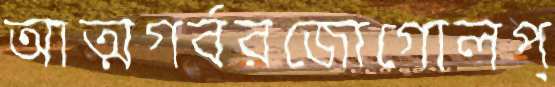
আত্মগর্বরজোগোলপ্